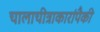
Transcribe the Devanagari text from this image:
चालाचीत्राकारांपैकी